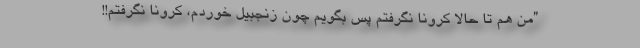
”من هم تا حالا کرونا نگرفتم پس بگویم چون زنجبیل خوردم، کرونا نگرفتم!!